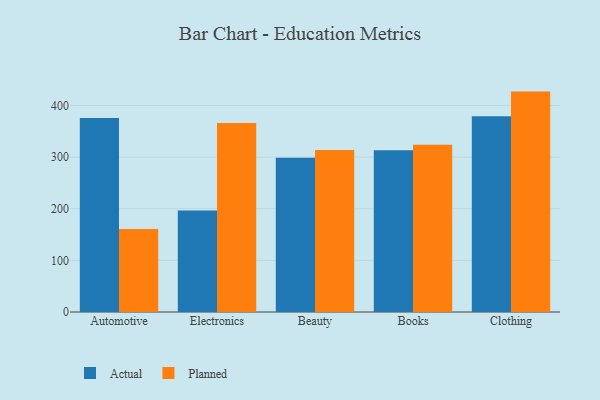
{"axis": {"x": "Category", "y": "Budget (USD K)"}, "legend": ["Actual", "Planned"], "data": [{"x": "Automotive", "y": 375.7, "type": "Actual"}, {"x": "Automotive", "y": 160.9, "type": "Planned"}, {"x": "Electronics", "y": 196.5, "type": "Actual"}, {"x": "Electronics", "y": 366.0, "type": "Planned"}, {"x": "Beauty", "y": 298.8, "type": "Actual"}, {"x": "Beauty", "y": 313.6, "type": "Planned"}, {"x": "Books", "y": 313.4, "type": "Actual"}, {"x": "Books", "y": 323.9, "type": "Planned"}, {"x": "Clothing", "y": 379.3, "type": "Actual"}, {"x": "Clothing", "y": 426.9, "type": "Planned"}]}